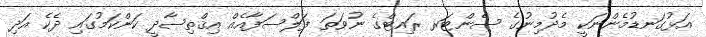
އަޅުގަނޑުމެންނަކީ މެދުމިނުގެ ސެންޓަރ ރައިޓްގެ ނުވަތަ ފަލްސަފާއެއް އިޤްތިޞާދީ ކަންކަމުގައި ދެކެ އަދި